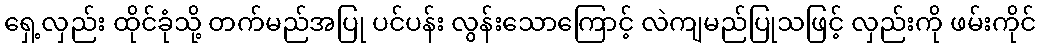
ရှေ့လှည်း ထိုင်ခုံသို့ တက်မည်အပြု ပင်ပန်း လွန်းသောကြောင့် လဲကျမည်ပြုသဖြင့် လှည်းကို ဖမ်းကိုင်